Calcutta medical institutions reports 1879-81 [i.e.91]
Year: 1879
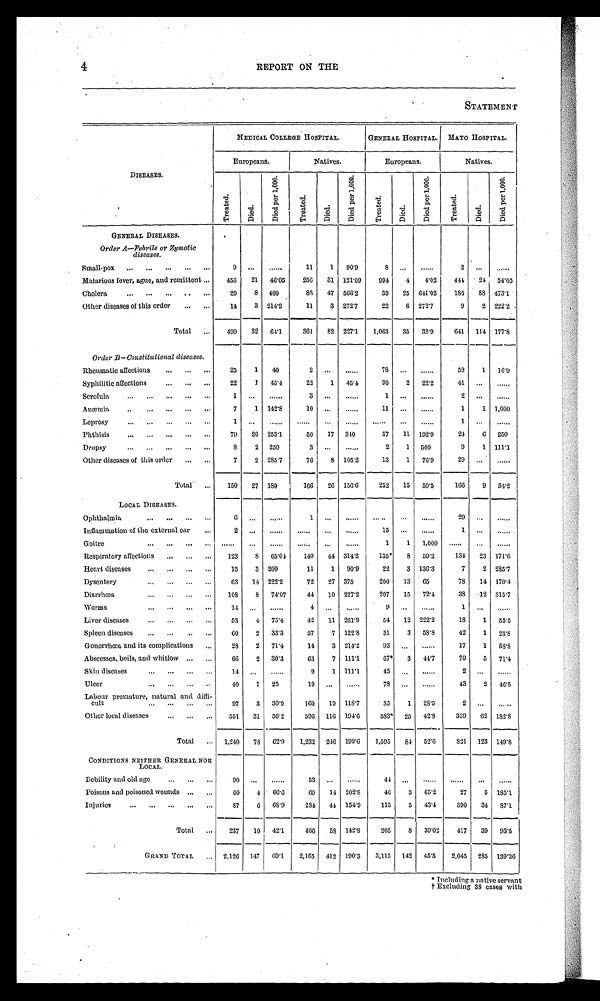
4
REPORT ON THE
STATEMENT
DISEASES.
MEDICAL COLLEGE HOSPITAL.
GENERAL HOSPITAL.
MAYO HOSPITAL.
Europeans.
III
Natives.
Europeans.
N a t i v e s .
T r e a t e d .
Di e d .
D i e d p e r 1 , 0 0 0 .
T r e a t e d .
D i e d .
D i e d p e r 1 , 0 0 0 .
Treated.
Di e d .
D i e d p e r 1 , 0 0 0 .
T r e a t e d .
Di ed.
D i e d p e r 1 , 0 0 0 .
GENERAL DISEASES.
Order A—Febrile or Zymotic
diseases.
Small-pox
9
. . .
. . .
11
1
90.9
8
. . .
. . .
2
. . .
. . .
Malarious fever, ague, and remittent
456
21
46.05
256
31 121.09
994
4
4.02
444
24 54.05
Cholera
20
8
400
83
47 566.2
39
25 641.02
186
88 473.1
Other diseases of this order
14
3 214.2
11
3 272.7
22
6 272.7
9
2 222.2
Total
499
32
64.1
361
82 227.1
1,063
35
32.9
641
114 177.8
Order B—Constitutional diseases.
Rheumatic affections
25
1
40
2
. . .
. . .
78
. . .
. . .
59
1
16.9
Syphilitic affections
22
1
45.4
22
1
45.4
90
2
22.2
41
. . .
. . .
Scrofula
1
. . .
. . .
3
. . .
. . .
1
...
. . .
2
...
. . .
Anæmia
7
1
142.8
10
...
. . .
11
...
. . .
1
1
1,000
Leprosy
1
. . .
. . .
. . .
. . .
. . .
. . .
. . .
. . .
1 ...
. . .
Phthisis
79
20 253.1
50
17
340
57
11
192.9
24
6
250
Dropsy
8
2
250
3
. . .
. . .
2
1
500
9
1
111.1
Other diseases of this order
7
2
285.7
76
8 105.2
13
1
76.9
29
. . .
. . .
Total
150
27 180
166
26 156.6
252
15
59.5
166
9
54.2
LOCAL DISEASES.
Ophthalmia
6
. . .
. . .
1
...
. . .
. . .
. . .
. . .
29
. . .
. . .
Inflammation of the external ear
2
. . .
. . .
. . .
. . .
. . .
15
...
. . .
1 ...
. . .
Goitre
. . .
. . .
. . .
. . .
. . .
. . .
1
1
1,000
. . .
. . .
. . .
Respiratory affections
123
8
65.04
140
44 314.2
135*
8
59.2
134
23 171.6
Heart diseases
15
3 200
11
1
90.9
22
3 136.3
7
2 285.7
Dysentery
63
14 222.2
72
27 375
200
13
65
78
11 179.4
Diarrhœa
108
8
74.07
44
10
227.2
207
15
72.4
38
12 315.7
Worms
1 4
...
. . .
4
. . .
. . .
9
. . .
. . .
1
...
. . .
Liver diseases
53
4
75.4
42
11
2 6 1 . 9
54
12 222.2
18
1
55.5
Spleen diseases
60
2
33.3
57
7 122.8
51
3
58.8
42
1
23.8
Gonorrhœa and its complications
28
2
71.4
14
3 214.2
93
...
. . .
17
1
58.8
Abscesses, boils, and whitlow
66
2
30.3
63
7 111.1
67*
3
44.7
70
5
71.4
Skin diseases
14
...
. . .
9
1 111.1
45
. . .
. . .
2
. . .
. . .
Ulcer
40
1
25
19
. . .
. . .
7 8 ...
. . .
43
2
46.5
Labour premature, natural and diffi-
cult
97
3
30.9
160
19
118.7
35
1
28.5
2
. . .
. . .
Other local diseases
551
31
56.2
596
116 194.6
583*
25
42.8
339
62 182.8
Total
1,240
78
62.9
1,232
246 199.6
1,595
84
5 2 . 6
8 2 1
1 2 3
149.8
CONDITIONS NEITHER GENERAL NOR
LOCAL.
Debility and old age
9 0
. . .
. . .
53
...
. . .
44
. . .
. . .
. . . ...
. . .
Poisons and poisoned wounds
60
4
6 6 . 6
6 9
14
202.8
46
3
65.2
27
5
185.1
Injuries
87
6
68.9
284
44 154.9
115
5
43.4
390
34 87.1
Total
237
10
42.1
406
58 142.8
205
8
39.02
417
39
93.5
GRAND TOTAL
2,126
1 4 7 69.1
2,165
412 190.3
3,115
142
45.5
2,045
285 139.36
* Including a native servant
t Excluding 38 cases with